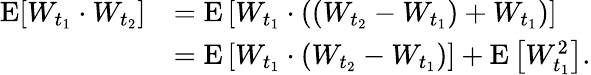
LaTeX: {\begin{array}{rl}{\operatorname{E}[W_{t_{1}}\cdot W_{t_{2}}]}&{=\operatorname{E}\left[W_{t_{1}}\cdot((W_{t_{2}}-W_{t_{1}})+W_{t_{1}})\right]}\\ &{=\operatorname{E}\left[W_{t_{1}}\cdot(W_{t_{2}}-W_{t_{1}})\right]+\operatorname{E}\left[W_{t_{1}}^{2}\right].}\end{array}}